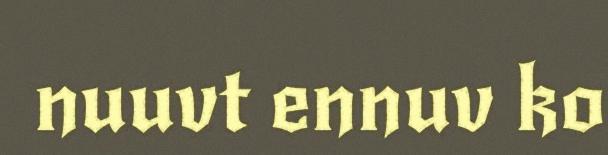
nuuvt ennuv ko